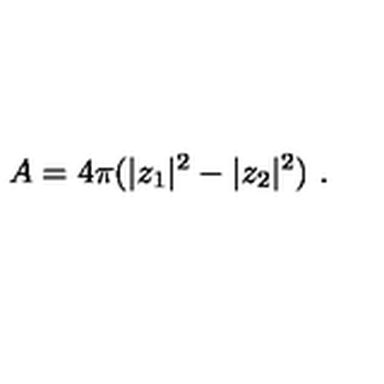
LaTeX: A = 4 \pi ( | z _ { 1 } | ^ { 2 } - | z _ { 2 } | ^ { 2 } ) \ .